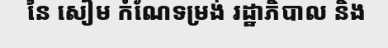
នៃ សៀម កំណែទម្រង់ រដ្ឋាភិបាល និង